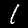
Digit: 1